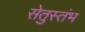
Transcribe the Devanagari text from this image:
सेतुस्तंभ